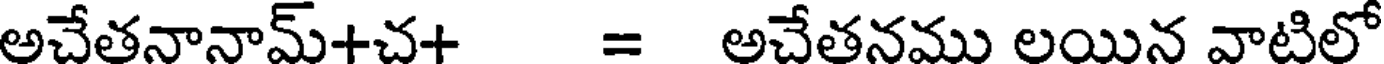
అచేతనానామ్+చ+ = అచేతనము లయిన వాటిలో